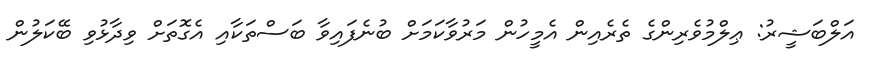
އަލްބަޝީރު: ޢިލްމުވެރިންގެ ތެރެއިން އެމީހުން މަރުވާކަމަށް ބުނެފައިވާ ބަސްތަކާއި އެގޮތަށް ވިދާޅުވި ބޭކަލުން